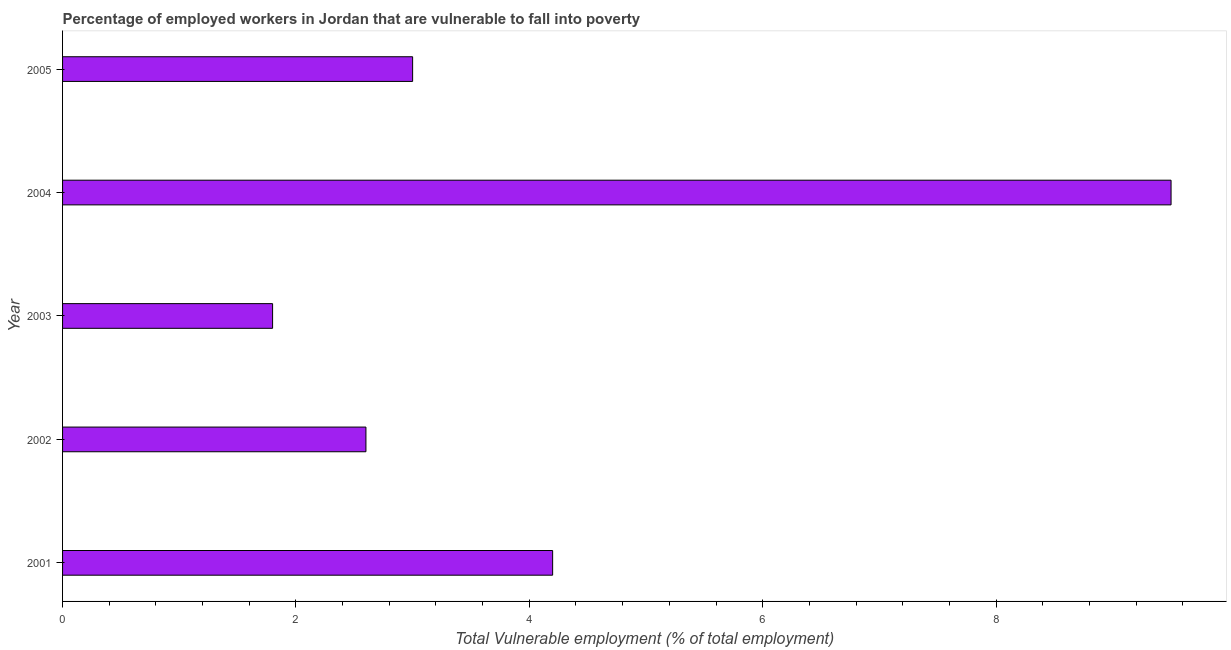
| Year | Vulnerable employment |
 | --- | --- |
 | 2001 | 4.2 |
 | 2002 | 2.6 |
 | 2003 | 1.8 |
 | 2004 | 9.5 |
 | 2005 | 3 |